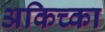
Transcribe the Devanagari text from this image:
अकिच्का